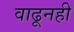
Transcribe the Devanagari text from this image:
वाढूनही